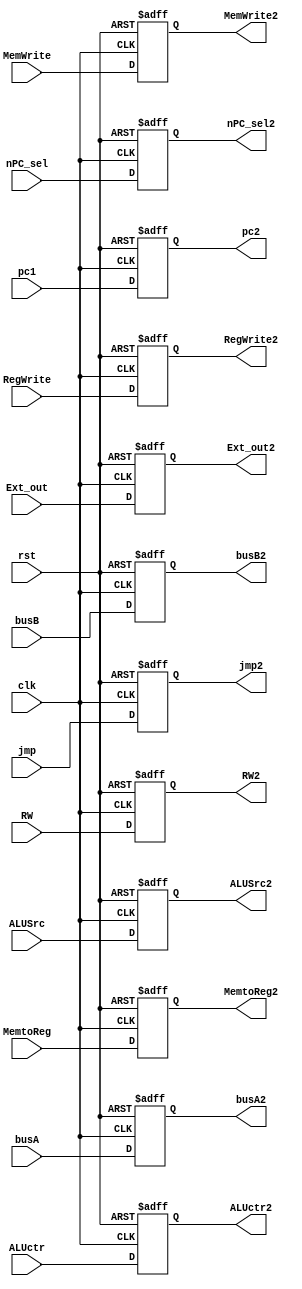
module ID_EX(pc2, ALUSrc2,MemtoReg2,RegWrite2,MemWrite2,nPC_sel2,jmp2,ALUctr2,busA2,busB2,Ext_out2,RW2,
     clk,rst,pc1, ALUSrc, MemtoReg, RegWrite, MemWrite, nPC_sel, jmp, ALUctr, busA, busB, Ext_out, RW);
  output reg [31:0] pc2; 
  output reg ALUSrc2, MemtoReg2, RegWrite2, MemWrite2, nPC_sel2, jmp2; 
  output reg [1:0] ALUctr2; 
  output reg [31:0] busA2, busB2; 
  output reg [31:0] Ext_out2; 
  output reg [4:0] RW2; 
  input clk, rst; 
  input [31:0] pc1; 
  input ALUSrc, MemtoReg, RegWrite, MemWrite, nPC_sel, jmp; 
  input [1:0] ALUctr; 
  input [31:0] busA, busB; 
  input [31:0] Ext_out; 
  input [4:0] RW; 

  always@(posedge clk, posedge rst)
  begin
    if(rst)
    begin
      pc2 <= 0; 
      ALUSrc2 <= 0; 
      MemtoReg2 <= 0; 
      RegWrite2 <= 0; 
      MemWrite2 <= 0; 
      nPC_sel2 <= 0; 
      jmp2 <= 0; 
      ALUctr2 <= 0; 
      busA2 <= 0; 
      busB2 <= 0; 
      Ext_out2 <= 0; 
      RW2 <= 0; 
    end
    else if(clk)
    begin
      pc2 <= pc1; 
      ALUSrc2 <= ALUSrc; 
      MemtoReg2 <= MemtoReg; 
      RegWrite2 <= RegWrite; 
      MemWrite2 <= MemWrite; 
      nPC_sel2 <= nPC_sel; 
      jmp2 <= jmp; 
      ALUctr2 <= ALUctr; 
      busA2 <= busA; 
      busB2 <= busB; 
      Ext_out2 <= Ext_out; 
      RW2 <= RW; 
    end
  end

endmodule